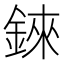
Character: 錸